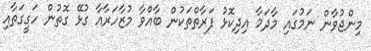
މިންޖުވާން ނަމުގައި މާދަމާ އިދިކޮޅު ފަރާތްތަކުން ބާއްވާ މުޒާހަރާއާ ގުޅޭ ގޮތުން ހަގީގަތާއި